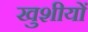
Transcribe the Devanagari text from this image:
खुशीयों